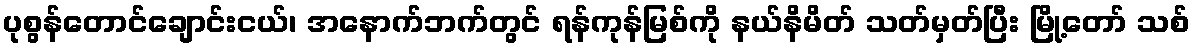
ပုစွန်တောင်ချောင်းငယ်၊ အနောက်ဘက်တွင် ရန်ကုန်မြစ်ကို နယ်နိမိတ် သတ်မှတ်ပြီး မြို့တော် သစ်